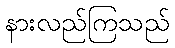
နားလည်ကြသည်